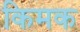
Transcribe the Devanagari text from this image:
किमक